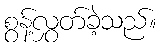
စွန့်လွှတ်ခဲ့သည်။